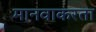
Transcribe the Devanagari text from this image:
मानवाकरता